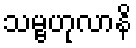
သမ္ဗဟုလာနိ